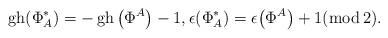
LaTeX: \begin{gather*}\operatorname{gh} (\Phi^\ast_A)=-\operatorname{gh} \big(\Phi^A\big)-1 ,\epsilon (\Phi^\ast_A)=\epsilon \big(\Phi^A\big)+1 (\mbox{mod}\, 2) .\end{gather*}